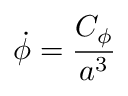
\dot { \phi } = { \frac { C _ { \phi } } { a ^ { 3 } } }